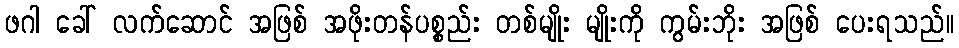
ဖဂါ ခေါ် လက်ဆောင် အဖြစ် အဖိုးတန်ပစ္စည်း တစ်မျိုး မျိုးကို ကွမ်းဘိုး အဖြစ် ပေးရသည်။